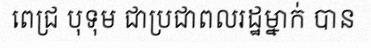
ពេជ្រ បុទុម ជាប្រជាពលរដ្ឋម្នាក់ បាន